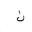
Letter: _non